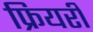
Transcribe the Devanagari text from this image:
फ्रियरी